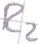
Text: R2